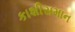
કાશીસમાન